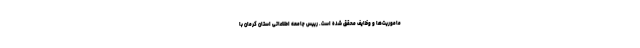
ماموریت‌ها و وظایف محقق شده است. رییس جامعه اطلاعاتی استان کرمان با